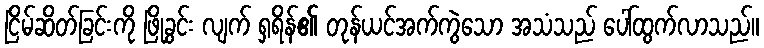
ငြိမ်ဆိတ်ခြင်းကို ဖြိုခွင်း လျက် ရှရိန်၏ တုန်ယင်အက်ကွဲသော အသံသည် ပေါ်ထွက်လာသည်။